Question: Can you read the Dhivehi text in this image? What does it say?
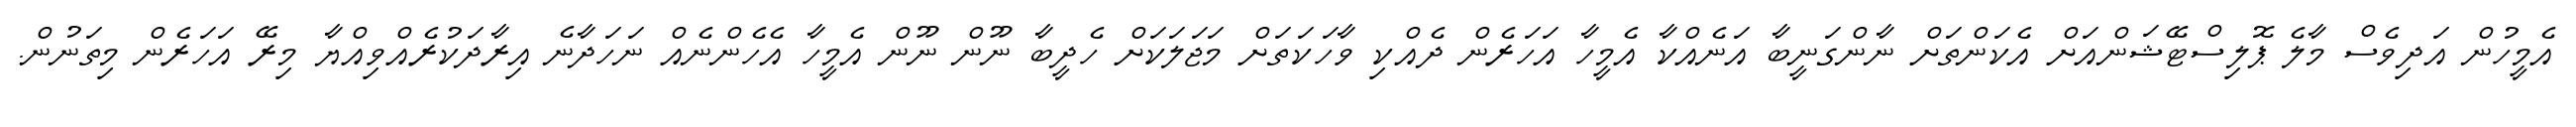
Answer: އެމީހުން އަދިވެސް މާލެ ޕޮލިސްޓޭޝަންއަށް އެކަންތަށް ނާންގަނީބާ އަނެއްކާ އެމީހާ އަހަރެން ދެއްކި ވާހަކަތަށް މަޖަލަކަށް ހެދީބާ ނޫން ނޫން އެމީހާ އެހެންނެއް ނަހަދާނެ އިރާދަކުރެއްވިއްޔާ މިރޭ އަހަރެން މިތަނުން.